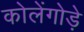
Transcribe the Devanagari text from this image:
कोलेंगोड़े